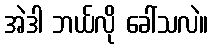
အဲဒါ ဘယ်လို ခေါ်သလဲ။